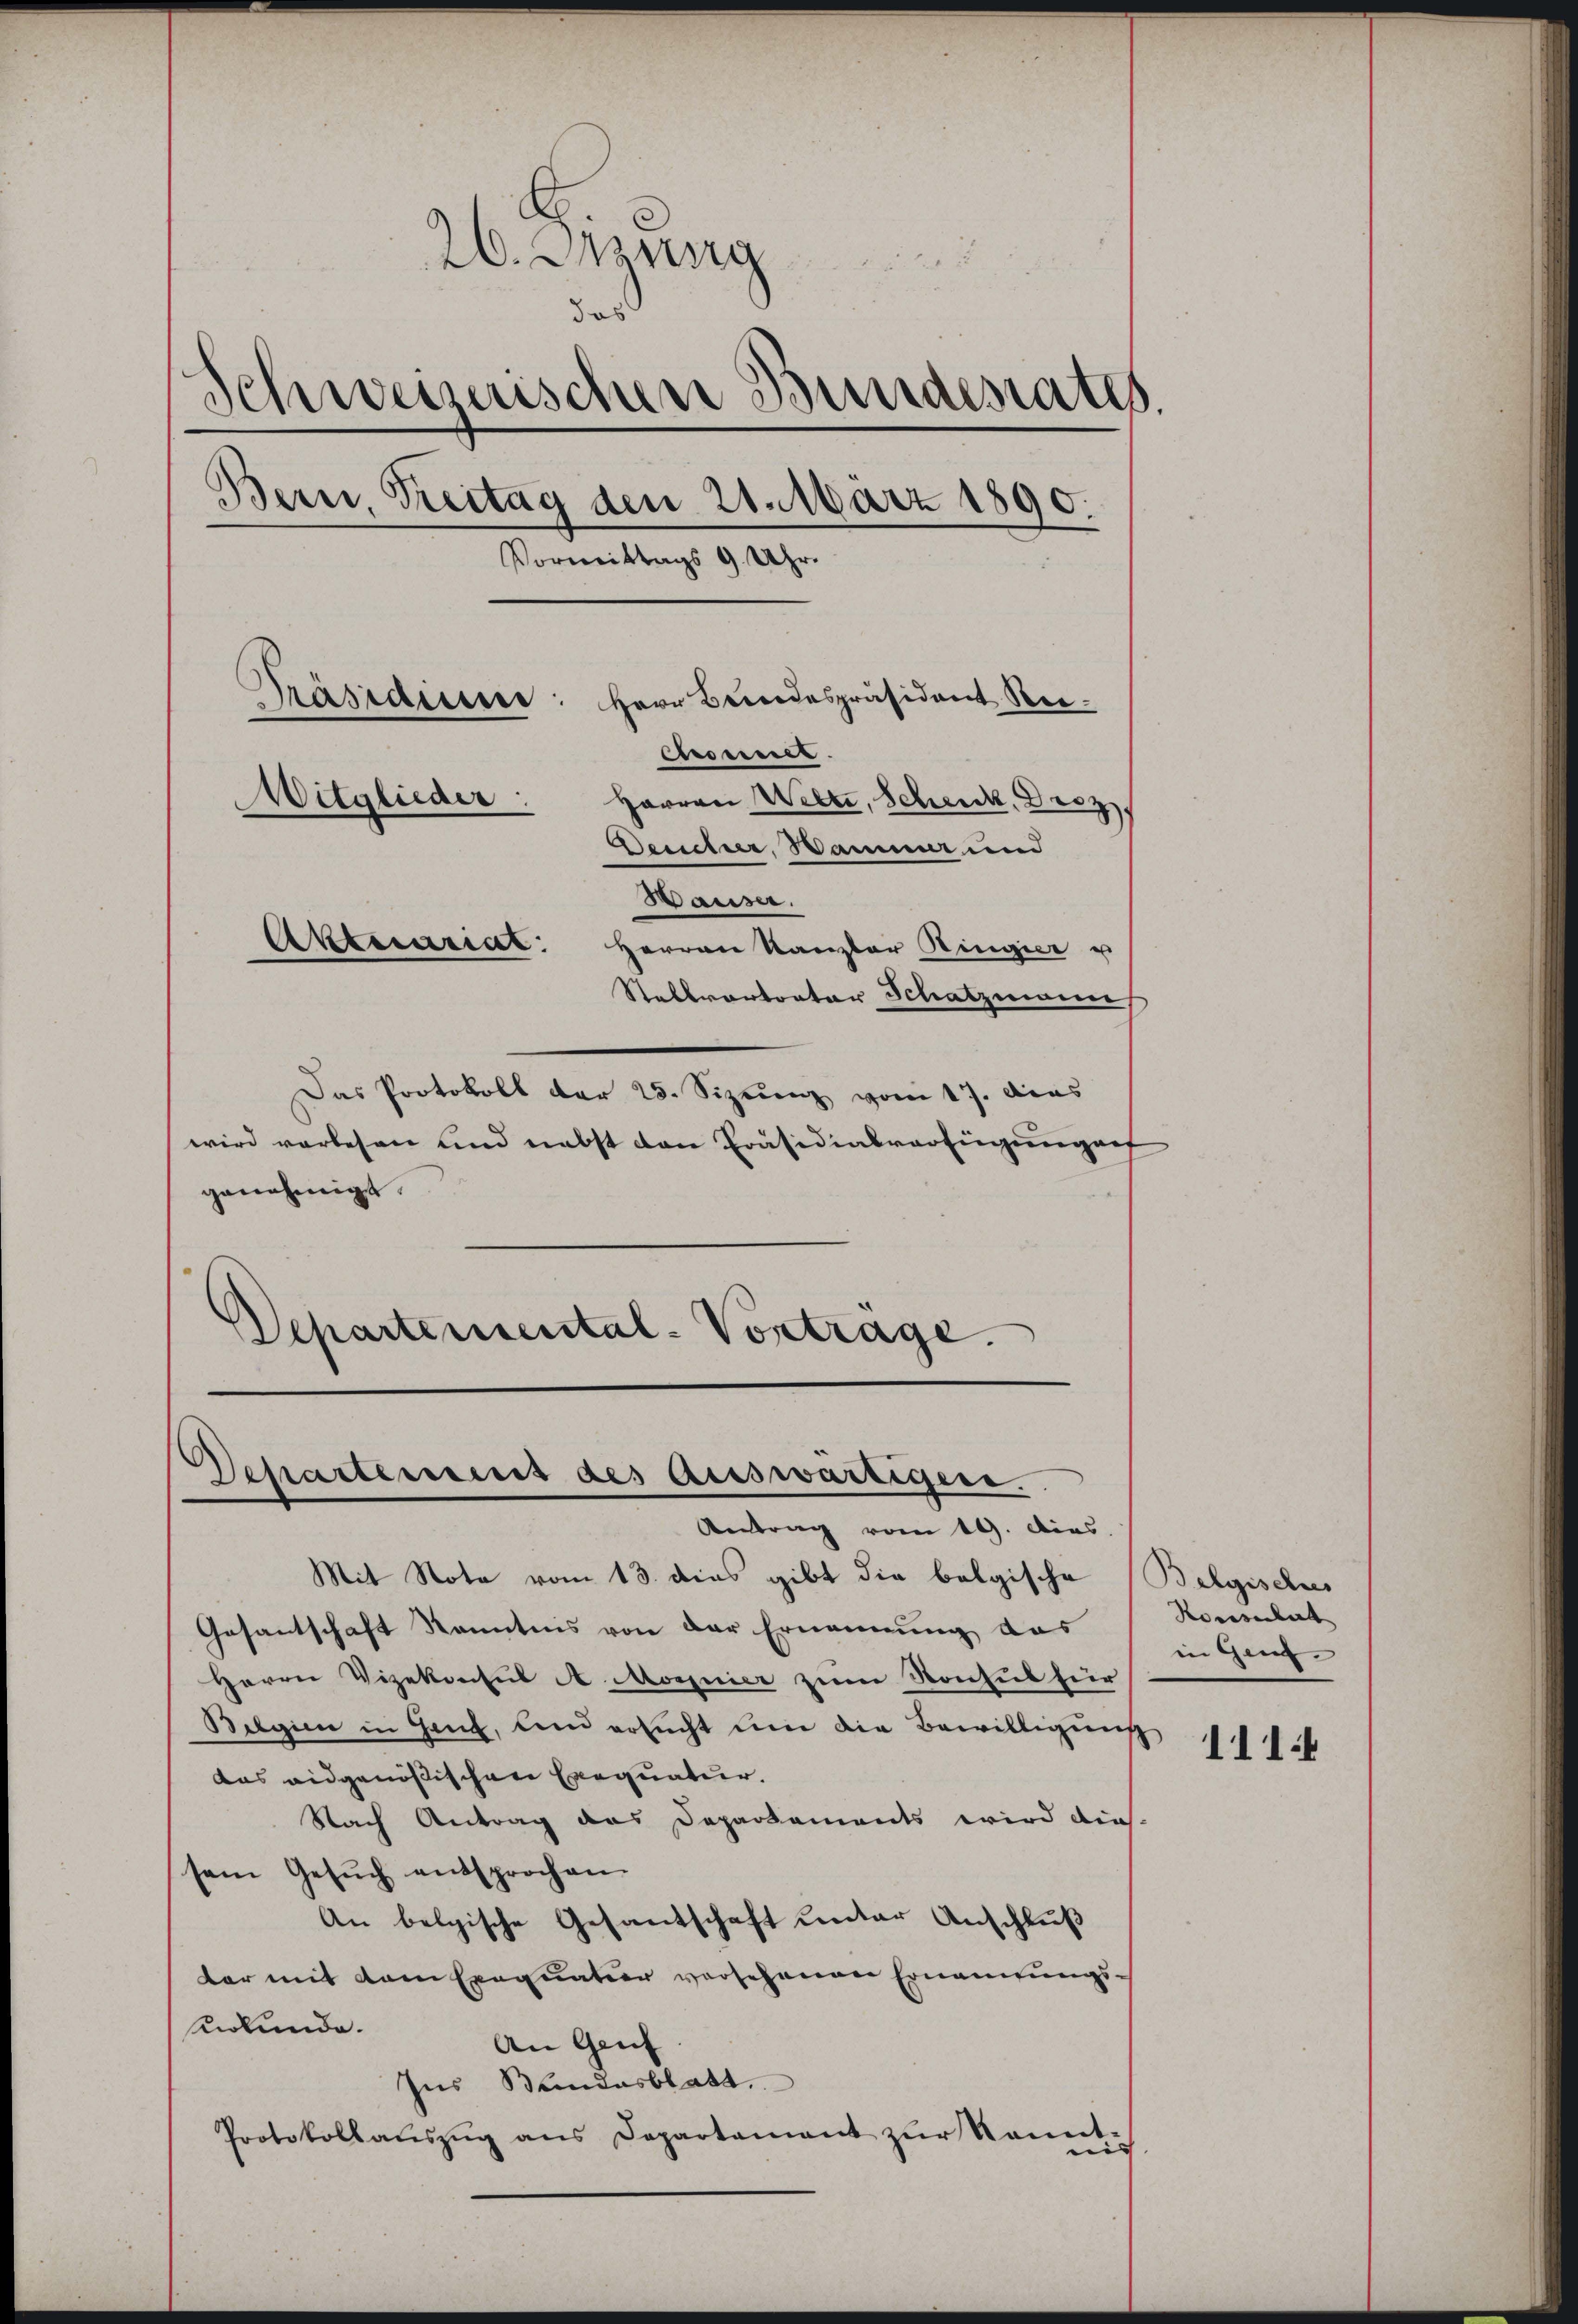
26. Sitzung
das
Schweizerischen Bundesrates.
Bern, Treitag den 21. März 1890.
Vormittags 9 Uhr.
Präsidium: Herr Bundespräsident Rei¬
Chronner
Mitglieder:
Herren Welti, Schenk, Droz.
Besicher, Wamm und
Waiser.
Aktuariat
Herren Kanzler Ringier u
Stellvertrator Schatzmann

Das Protokoll der 25. Sizeunz vom 17. dies
wird vorlesen und nebst den Präsidialverfügung auf
genehmigt.
Departemental-Vortrage.

Schartemens des Auswärtigen.
Antrag vom 19. Dies

Mit Note vom 13. dies gibt die belgische Belgischus
Gesantschaft Kenntnis von der Ernennung das
Herrn Vizekonsul A Magnier zum Konsul für
Belgien in Ganz, den ersucht um die Bewilligung
das eidgenößischen Exequatur.
Nach Antrag das Departements wird dies
sem Gesŭch entsprochen.
An belgische Gesandschaft unter Anschluß
tar mit dem Exequatier verschenen Ernennungssurkunde.
An Genf
Ins Bundesblatt.
¬
Protokollaŭszŭg ans Departement zŭr Von
i

Konsulat
in Genf

111